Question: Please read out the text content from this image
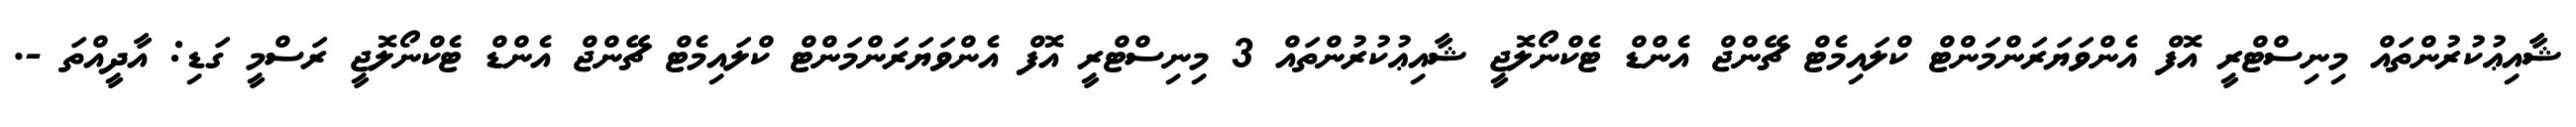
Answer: ޝާއިޢުކުރުންތައް މިނިސްޓްރީ އޮފް އެންވަޔަރަންމަންޓް ކްލައިމެޓް ޗޭންޖް އެންޑް ޓެކްނޯލޮޖީ ޝާއިޢުކުރުންތައް 3 މިނިސްޓްރީ އޮފް އެންވަޔަރަންމަންޓް ކްލައިމެޓް ޗޭންޖް އެންޑް ޓެކްނޯލޮޖީ ރަސްމީ ގަޑި: އާދީއްތަ -.